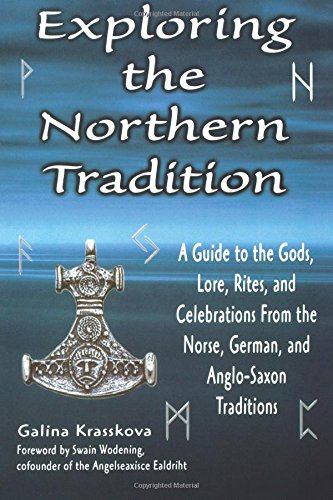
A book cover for Exploring the Northern Tradition; Galina Krasskova; Literature & Fiction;